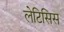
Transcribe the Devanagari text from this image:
लेटिसिस